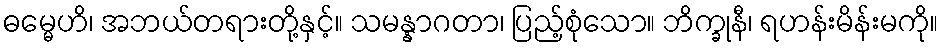
ဓမ္မေဟိ၊ အဘယ်တရားတို့နှင့်။ သမန္နာဂတာ၊ ပြည့်စုံသော။ ဘိက္ခုနီ၊ ရဟန်းမိန်းမကို။